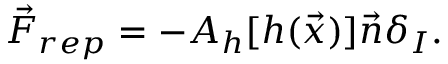
\vec { F } _ { r e p } = - A _ { h } [ h ( \vec { x } ) ] \vec { n } \delta _ { I } .